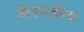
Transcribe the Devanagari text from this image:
बैलगाडीला